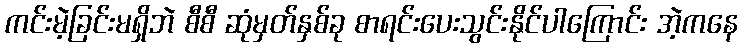
ကင်းမဲ့ခြင်းမရှိဘဲ စီစီ ဆုံမှတ်နှစ်ခု စာရင်းပေးသွင်းနိုင်ပါကြောင်း အဲ့ကနေ